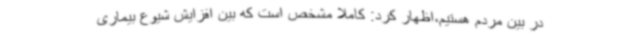
در بین مردم هستیم،اظهار کرد: کاملا مشخص است که بین افزایش شیوع بیماری